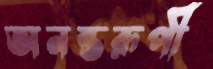
অনন্তরূপী